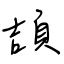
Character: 頡